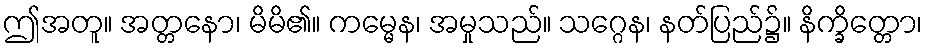
ဤအတူ။ အတ္တနော၊ မိမိ၏။ ကမ္မေန၊ အမှုသည်။ သဂ္ဂေန၊ နတ်ပြည်၌။ နိက္ခိတ္တော၊